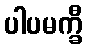
ပါပမက္ခီ